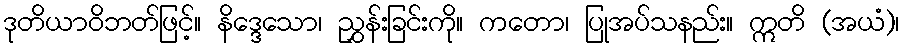
ဒုတိယာဝိဘတ်ဖြင့်။ နိဒ္ဒေသော၊ ညွှန်းခြင်းကို။ ကတော၊ ပြုအပ်သနည်း။ ဣတိ (အယံ)၊